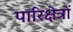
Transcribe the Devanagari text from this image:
पारिक्षेत्रों